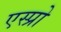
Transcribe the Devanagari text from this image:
एस्प्रो